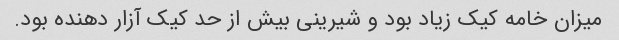
میزان خامه کیک زیاد بود و شیرینی بیش از حد کیک آزار دهنده بود.